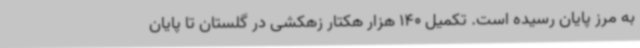
به مرز پایان رسیده است. تکمیل 140 هزار هکتار زهکشی در گلستان تا پایان